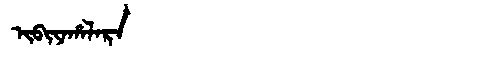
Manchu: ᡳᠪᡳᠶᠠᡥᠠᠯᠠᡵᠠ
Romanization: IBIYAHALARA